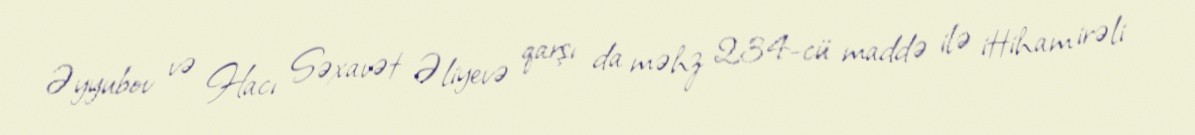
Əyyubov və Hacı Səxavət Əliyevə qarşı da məhz 234-cü maddə ilə ittiham irəli